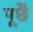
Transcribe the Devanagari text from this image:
पूछँ